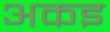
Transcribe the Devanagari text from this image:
अकइ